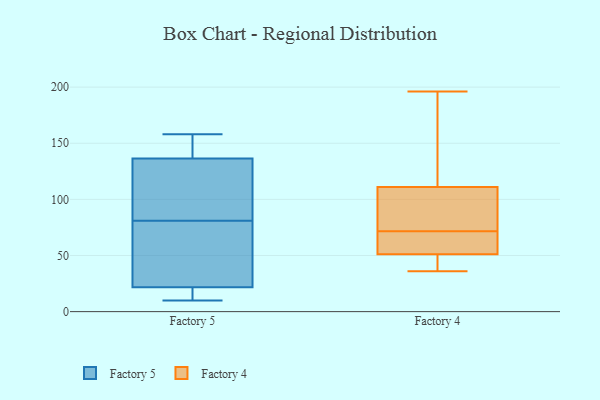
{"axis": {"x": "Page Views", "y": "Value"}, "legend": ["Factory 4", "Factory 5"], "data": [{"x": "", "y": 81, "type": "Factory 5"}, {"x": "", "y": 21, "type": "Factory 5"}, {"x": "", "y": 10, "type": "Factory 5"}, {"x": "", "y": 29, "type": "Factory 5"}, {"x": "", "y": 146, "type": "Factory 5"}, {"x": "", "y": 14, "type": "Factory 5"}, {"x": "", "y": 142, "type": "Factory 5"}, {"x": "", "y": 158, "type": "Factory 5"}, {"x": "", "y": 120, "type": "Factory 5"}, {"x": "", "y": 83, "type": "Factory 5"}, {"x": "", "y": 24, "type": "Factory 5"}, {"x": "", "y": 107, "type": "Factory 4"}, {"x": "", "y": 164, "type": "Factory 4"}, {"x": "", "y": 51, "type": "Factory 4"}, {"x": "", "y": 59, "type": "Factory 4"}, {"x": "", "y": 42, "type": "Factory 4"}, {"x": "", "y": 36, "type": "Factory 4"}, {"x": "", "y": 51, "type": "Factory 4"}, {"x": "", "y": 84, "type": "Factory 4"}, {"x": "", "y": 111, "type": "Factory 4"}, {"x": "", "y": 196, "type": "Factory 4"}]}